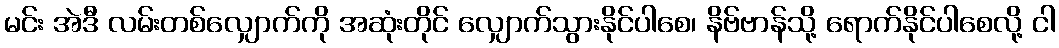
မင်း အဲဒီ လမ်းတစ်လျှောက်ကို အဆုံးတိုင် လျှောက်သွားနိုင်ပါစေ၊ နိဗ်ဗာန်သို့ ရောက်နိုင်ပါစေလို့ ငါ